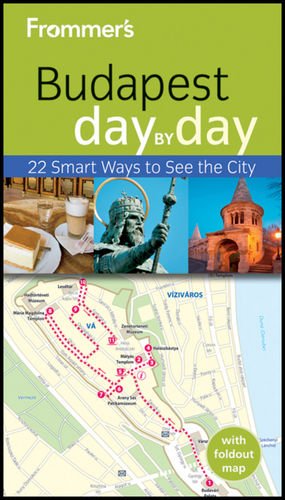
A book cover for Frommer's Budapest Day By Day (Frommer's Day by Day - Pocket); Robert Smyth; Travel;